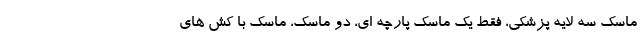
ماسک سه لایه پزشکی، فقط یک ماسک پارچه ای، دو ماسک، ماسک با کش های